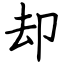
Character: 却